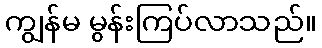
ကျွန်မ မွန်းကြပ်လာသည်။